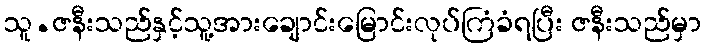
သူ.ဇနီးသည်နှင့်သူ့အားချောင်းမြောင်းလုပ်ကြံခံရပြီး ဇနီးသည်မှာ